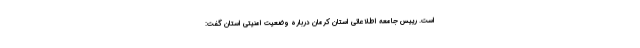
است. رییس جامعه اطلاعاتی استان کرمان درباره وضعیت امنیتی استان گفت: